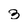
Character: 3